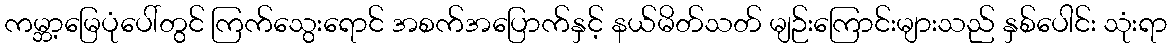
ကမ္ဘာ့မြေပုံပေါ်တွင် ကြက်သွေးရောင် အစက်အပြောက်နှင့် နယ်မိတ်သတ် မျဉ်းကြောင်းများသည် နှစ်ပေါင်း သုံးရာ